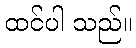
ထင်ပါ သည်။